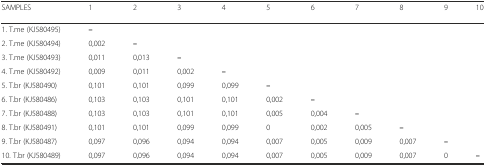
<table><thead><tr><td><b>SAMPLES</b></td><td><b>1</b></td><td><b>2</b></td><td><b>3</b></td><td><b>4</b></td><td><b>5</b></td><td><b>6</b></td><td><b>7</b></td><td><b>8</b></td><td><b>9</b></td><td><b>10</b></td></tr></thead><tbody><tr><td>1. T.me (KJ580495)</td><td><b>–</b></td><td></td><td></td><td></td><td></td><td></td><td></td><td></td><td></td><td></td></tr><tr><td>2. T.me (KJ580494)</td><td>0,002</td><td><b>–</b></td><td></td><td></td><td></td><td></td><td></td><td></td><td></td><td></td></tr><tr><td>3. T.me (KJ580493)</td><td>0,011</td><td>0,013</td><td><b>–</b></td><td></td><td></td><td></td><td></td><td></td><td></td><td></td></tr><tr><td>4. T.me (KJ580492)</td><td>0,009</td><td>0,011</td><td>0,002</td><td><b>–</b></td><td></td><td></td><td></td><td></td><td></td><td></td></tr><tr><td>5. T.br (KJ580490)</td><td>0,101</td><td>0,101</td><td>0,099</td><td>0,099</td><td><b>–</b></td><td></td><td></td><td></td><td></td><td></td></tr><tr><td>6. T.br (KJ580486)</td><td>0,103</td><td>0,103</td><td>0,101</td><td>0,101</td><td>0,002</td><td><b>–</b></td><td></td><td></td><td></td><td></td></tr><tr><td>7. T.br (KJ580488)</td><td>0,103</td><td>0,103</td><td>0,101</td><td>0,101</td><td>0,005</td><td>0,004</td><td><b>–</b></td><td></td><td></td><td></td></tr><tr><td>8. T.br (KJ580491)</td><td>0,101</td><td>0,101</td><td>0,099</td><td>0,099</td><td>0</td><td>0,002</td><td>0,005</td><td><b>–</b></td><td></td><td></td></tr><tr><td>9. T.br (KJ580487)</td><td>0,097</td><td>0,096</td><td>0,094</td><td>0,094</td><td>0,007</td><td>0,005</td><td>0,009</td><td>0,007</td><td><b>–</b></td><td></td></tr><tr><td>10. T.br (KJ580489)</td><td>0,097</td><td>0,096</td><td>0,094</td><td>0,094</td><td>0,007</td><td>0,005</td><td>0,009</td><td>0,007</td><td>0</td><td><b>–</b></td></tr></tbody></table>